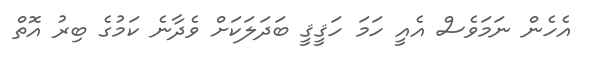
އެހެން ނަމަވެސް އެއީ ހަމަ ހަޤީޤީ ބަދަލަކަށް ވެދާނެ ކަމުގެ ބިރު އޮތް